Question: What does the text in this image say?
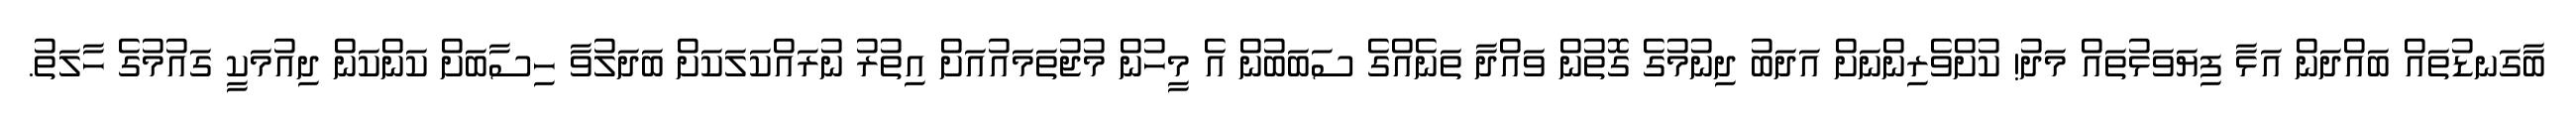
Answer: ބާގަނޑުތައް ބައްދަން އަޅާ ފިޔަވަޅުތައް މަދު! ކުށްވެރިންނަށް އަދަބު ދިނުމުގެ ގޮތުން ވައްދާ ތަނެއްގެ ސަބަބުން އެ މީހުން މުޖުތަމައުއަށް އިތުރު ނުރައްކަލަކަށް ބަދަލުވާ ހިސާބަށް ކަންކަން ދިއުމަކީ ގައުމުގެ ހާލަތު.